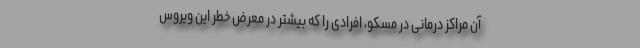
آن مراکز درمانی در مسکو، افرادی را که بیشتر در معرض خطر این ویروس